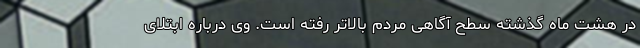
در هشت ماه گذشته سطح آگاهی مردم بالاتر رفته است. وی درباره ابتلای